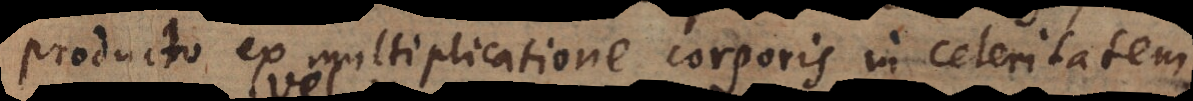
producto ex multiplicatione corporis in celeritatem